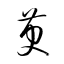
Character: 萸